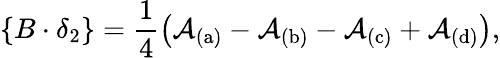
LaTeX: \{ B\cdot\delta_{2}\} =\frac{1}{4}\left(\mathcal{A}_{\mathrm{(a)}}-\mathcal{A}_{\mathrm{(b)}}-\mathcal{A}_{\mathrm{(c)}}+\mathcal{A}_{\mathrm{(d)}}\right),